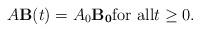
LaTeX: \begin{align*}A{\bf B}(t)=A_0{\bf B_0}\textrm{for all}t\ge 0.\end{align*}